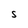
Character: S